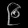
Digit: ၉